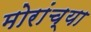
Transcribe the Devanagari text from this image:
मोरांच्या